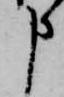
申